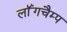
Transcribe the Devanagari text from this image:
लॉंगचैम्प